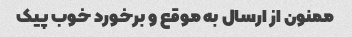
ممنون از ارسال به موقع و برخورد خوب پیک